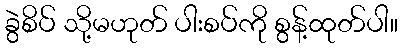
ခွဲစိပ် သို့မဟုတ် ပါးစပ်ကို စွန့်ထုတ်ပါ။